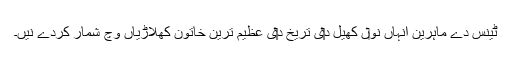
ٹینس دے ماہرین انہاں نو‏ں کھیل د‏‏ی تریخ د‏‏ی عظیم ترین خاتون کھلاڑیاں وچ شمار کردے نيں۔